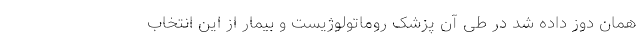
همان دوز داده شد در طی آن پزشک روماتولوژیست و بیمار از این انتخاب